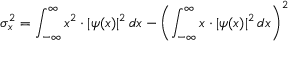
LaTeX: \sigma _ { x } ^ { 2 } = \int _ { - \infty } ^ { \infty } x ^ { 2 } \cdot | \psi ( x ) | ^ { 2 } \, d x - \left( \int _ { - \infty } ^ { \infty } x \cdot | \psi ( x ) | ^ { 2 } \, d x \right) ^ { 2 }